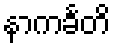
နာကင်္ခတိ